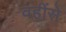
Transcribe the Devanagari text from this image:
वहींसे